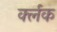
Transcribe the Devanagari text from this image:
र्क्लक